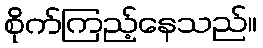
စိုက်ကြည့်နေသည်။